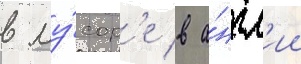
в му́сор'е в а́нгл'ии